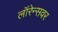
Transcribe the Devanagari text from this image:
लॉरेन्सवर